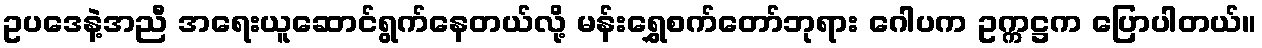
ဥပဒေနဲ့အညီ အရေးယူဆောင်ရွက်နေတယ်လို့ မန်းရွှေစက်တော်ဘုရား ဂေါပက ဥက္ကဋ္ဌက ပြောပါတယ်။